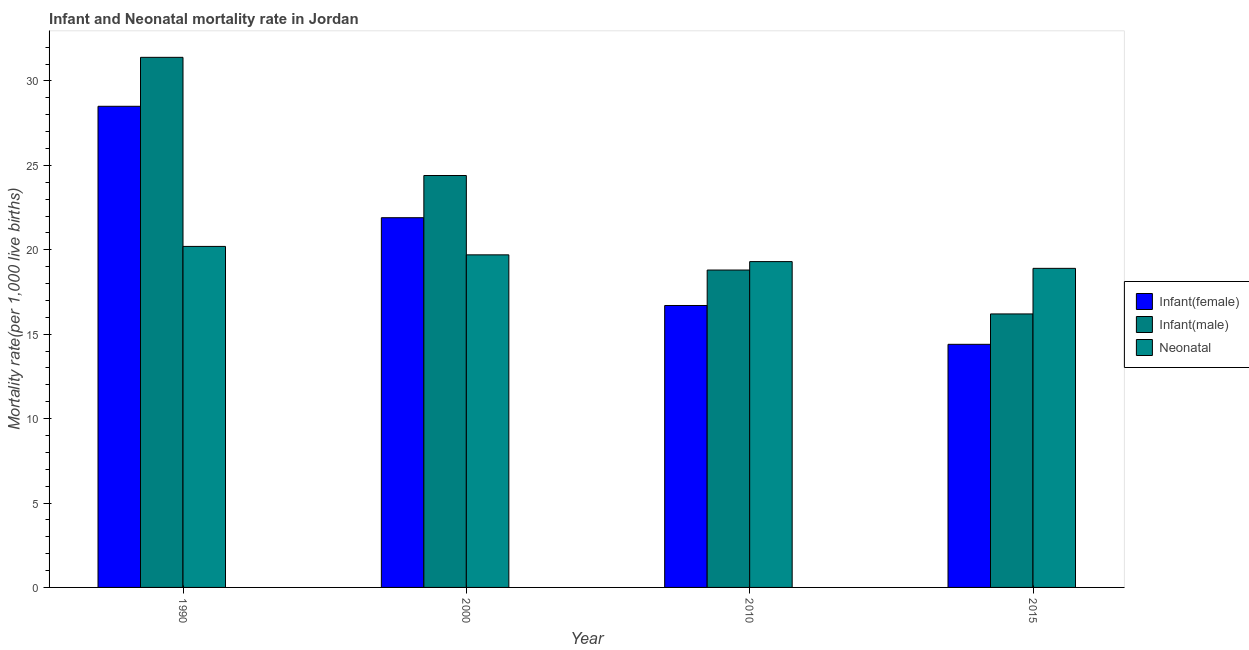
| Year | Infant(female) | Infant(male) | Neonatal  |
 | --- | --- | --- | --- |
 | 1990 | 28.5 | 31.4 | 20.2 |
 | 2000 | 21.9 | 24.4 | 19.7 |
 | 2010 | 16.7 | 18.8 | 19.3 |
 | 2015 | 14.4 | 16.2 | 18.9 |